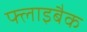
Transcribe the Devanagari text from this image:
फ्लाइबैक